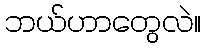
ဘယ်ဟာတွေလဲ။